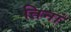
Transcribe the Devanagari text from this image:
तिनां